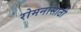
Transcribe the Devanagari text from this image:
रोमनांसाठी